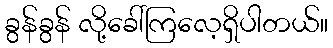
ခွန်ခွန် လို့ခေါ်ကြလေ့ရှိပါတယ်။